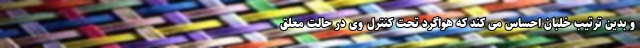
و بدین ترتیب خلبان احساس می کند که هواگرد تحت کنترل وی در حالت معلق